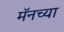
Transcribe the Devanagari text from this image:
मॅनच्या